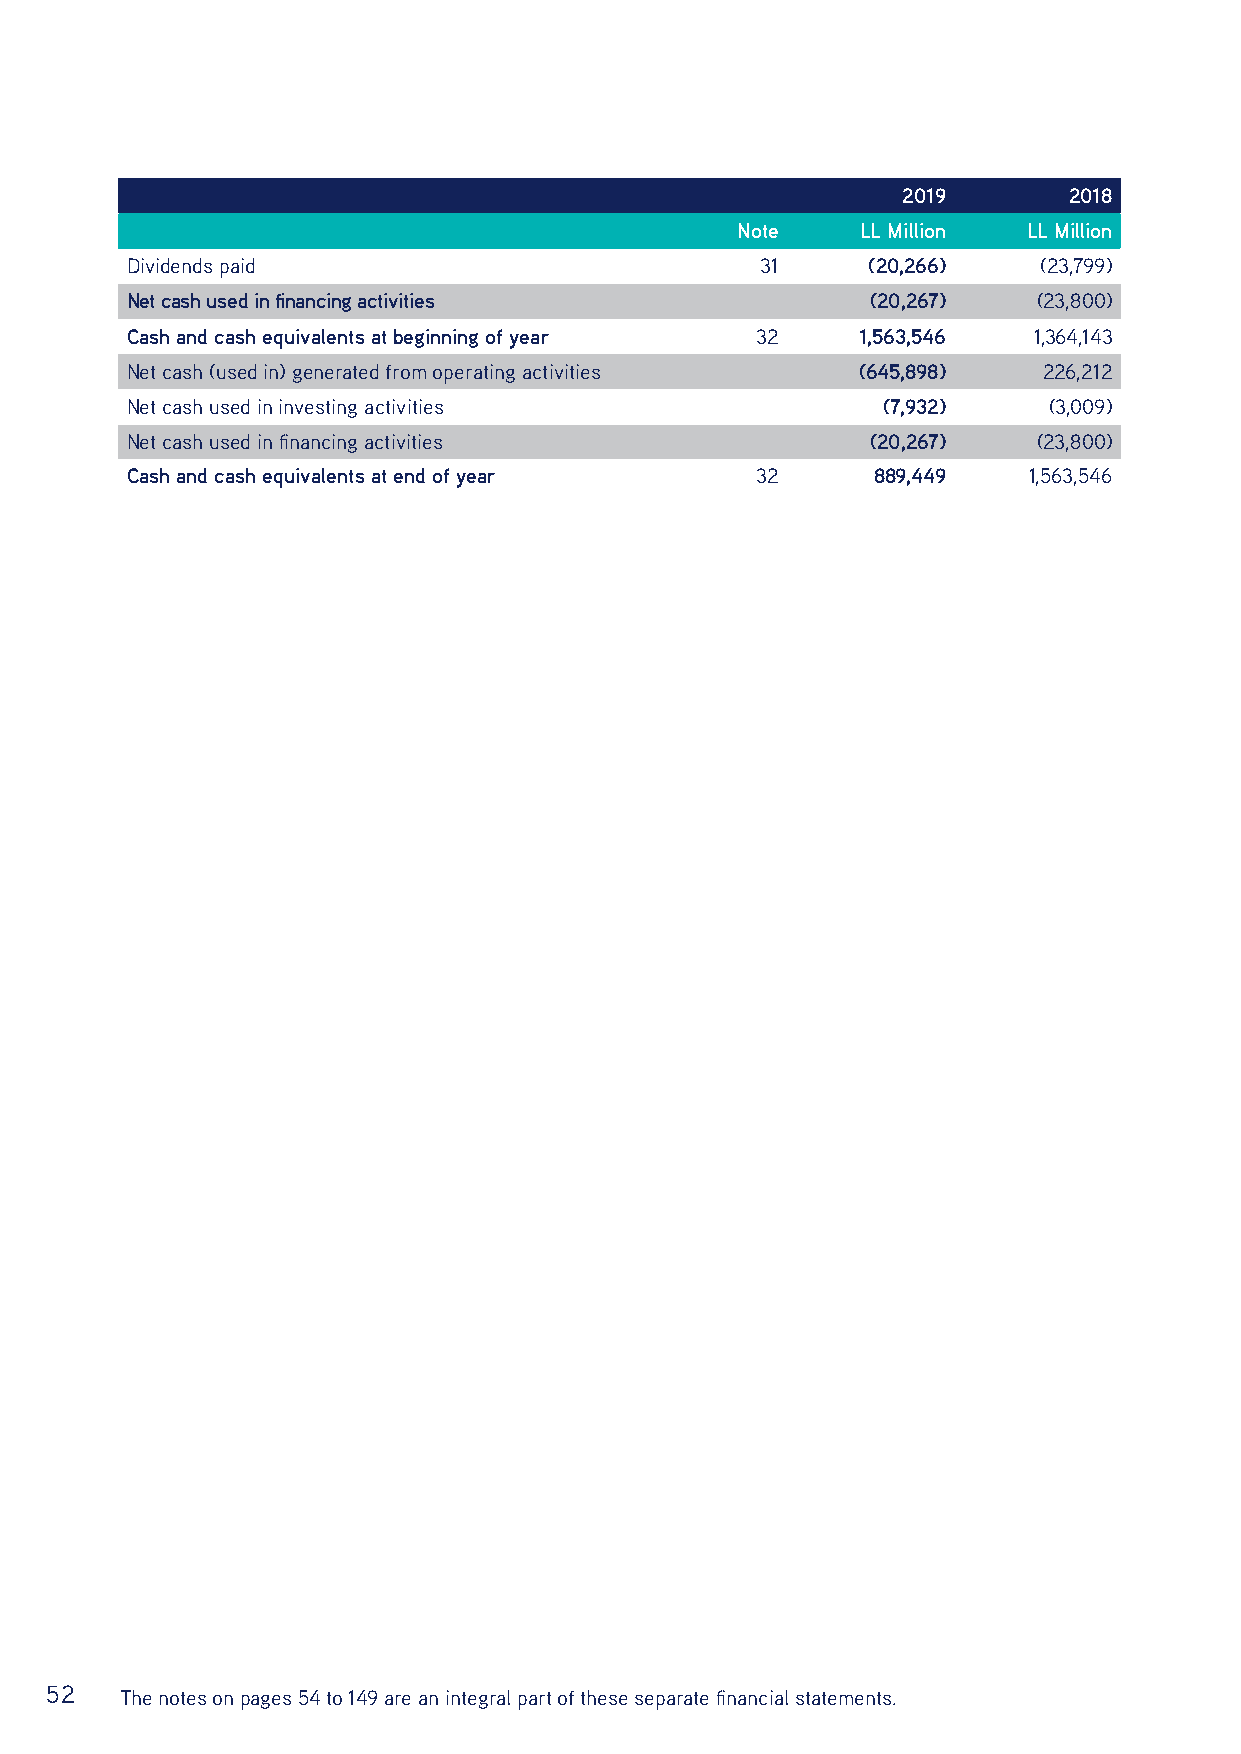
2019       2018
 Note    LL Million LL Million
 Dividends paid                            31     (20,266)    (23,799)
 Net cash used in financing activities             (20,267)   (23,800)
 Cash and cash equivalents at beginning of year 32 1,563,546 1,364,143
 Net cash (used in) generated from operating activities (645,898) 226,212
 Net cash used in investing activities             (7,932)    (3,009)
 Net cash used in financing activities             (20,267)   (23,800)
 Cash and cash equivalents at end of year  32      889,449   1,563,546
 52   The notes on pages 54 to 149 are an integral part of these separate financial statements.